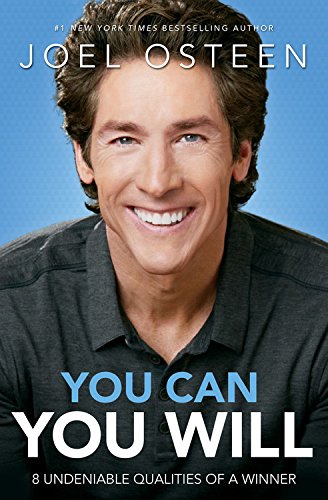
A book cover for You Can, You Will: 8 Undeniable Qualities of a Winner; Joel Osteen; Christian Books & Bibles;